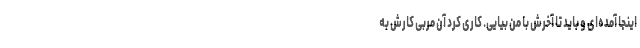
اینجا آمده‌ای و باید تا آخرش با من بیایی. کاری کرد آن مربی کارش به